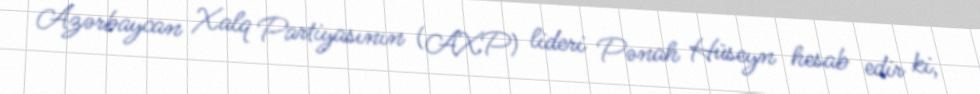
Azərbaycan Xalq Partiyasının (AXP) lideri Pənah Hüseyn hesab edir ki,